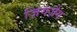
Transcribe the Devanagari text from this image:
ज़िगज़ैग